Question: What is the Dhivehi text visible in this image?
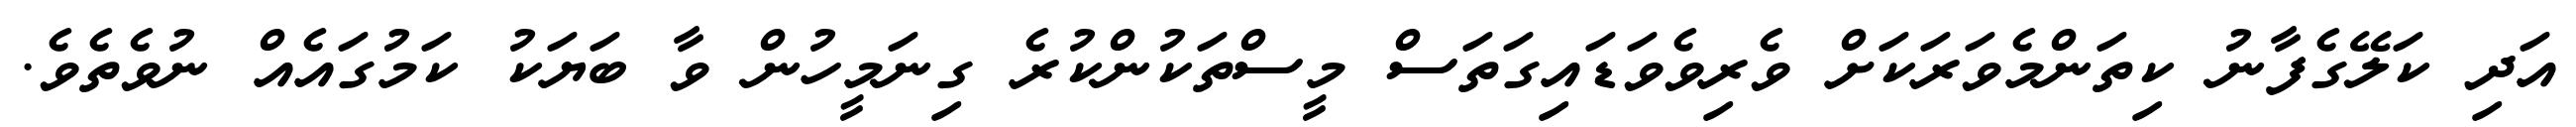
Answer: އަދި ކަލޭގެފާނު ކިތަންމެވަރަކަށް ވެރިވެވަޑައިގަތަސް މީސްތަކުންކުރެ ގިނަމީހުން ވާ ބަޔަކު ކަމުގައެއް ނުވެތެވެ.